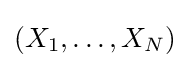
(X_{1},\dots ,X_{N})